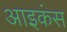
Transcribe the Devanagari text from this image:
आइकंस